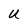
Character: U